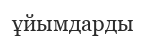
ұйымдарды